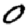
Digit: 0